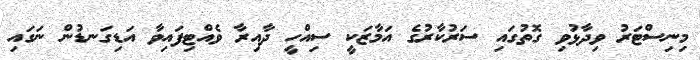
މިނިސްޓަރު ވިދާޅުވި ގޮތުގައި ސަރުކާރުގެ އަމާޒަކީ ސިއްހީ ދާއިރާ ވެއްޓިފައިވާ އަޑިގަނޑުން ނަގައި